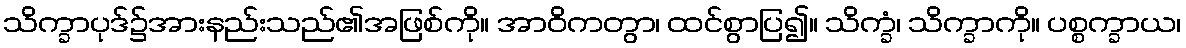
သိက္ခာပုဒ်၌အားနည်းသည်၏အဖြစ်ကို။ အာဝိကတွာ၊ ထင်စွာပြ၍။ သိက္ခံ၊ သိက္ခာကို။ ပစ္စက္ခာယ၊